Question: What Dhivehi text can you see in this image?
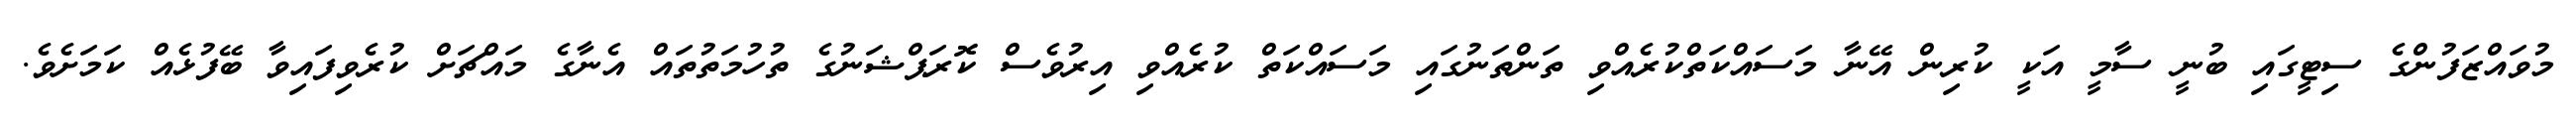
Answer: މުވައްޒަފުންގެ ސިޓީގައި ބުނީ ސާމީ އަކީ ކުރިން އޭނާ މަސައްކަތްކުރެއްވި ތަންތަނުގައި މަސައްކަތް ކުރެއްވި އިރުވެސް ކޮރަޕްޝަނުގެ ތުހުމަތުތައް އެނާގެ މައްޗަށް ކުރެވިފައިވާ ބޭފުޅެއް ކަމަށެވެ.